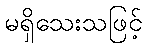
မရှိသေးသဖြင့်